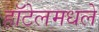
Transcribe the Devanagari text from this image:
हॉटेलमधले